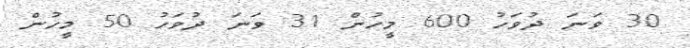
30 ވަނަ ދުވަހު 600 މީހުން 31 ވަނަ ދުވަހު 50 މީހުން